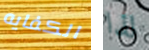
الكفايه لذا